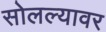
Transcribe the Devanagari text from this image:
सोलल्यावर